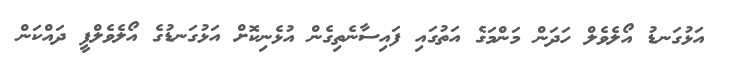
އަޅުގަނޑު އޯލެވެލް ހަދަން މަންމަގެ އަތުގައި ފައިސާނެތިގެން އުޅެނިކޮށް އަޅުގަނޑުގެ އޯލެވެލްފީ ދައްކަން